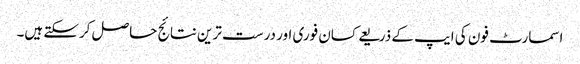
اسمارٹ فون کی ایپ کے ذریعے کسان فوری اور درست ترین نتائج حاصل کرسکتے ہیں۔